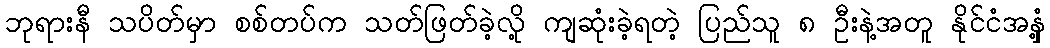
ဘုရားနီ သပိတ်မှာ စစ်တပ်က သတ်ဖြတ်ခဲ့လို့ ကျဆုံးခဲ့ရတဲ့ ပြည်သူ ၈ ဦးနဲ့အတူ နိုင်ငံအနှံ့